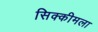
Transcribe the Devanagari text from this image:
सिक्कीमला